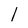
Character: 1